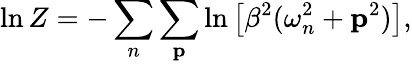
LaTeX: \ln Z=-\sum_{n}\sum_{{\mathbf p}}\ln\big[\beta^{2}(\omega_{n}^{2}+{\mathbf p}^{2})\big],